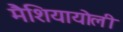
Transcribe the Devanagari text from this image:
मैशियायोली